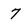
Character: 7